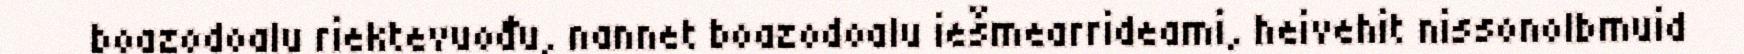
boazodoalu riektevuođu, nannet boazodoalu iešmearrideami, heivehit nissonolbmuid